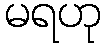
မရဟု